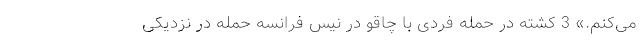
می‌کنم.» 3 کشته در حمله فردی با چاقو در نیس فرانسه حمله در نزدیکی